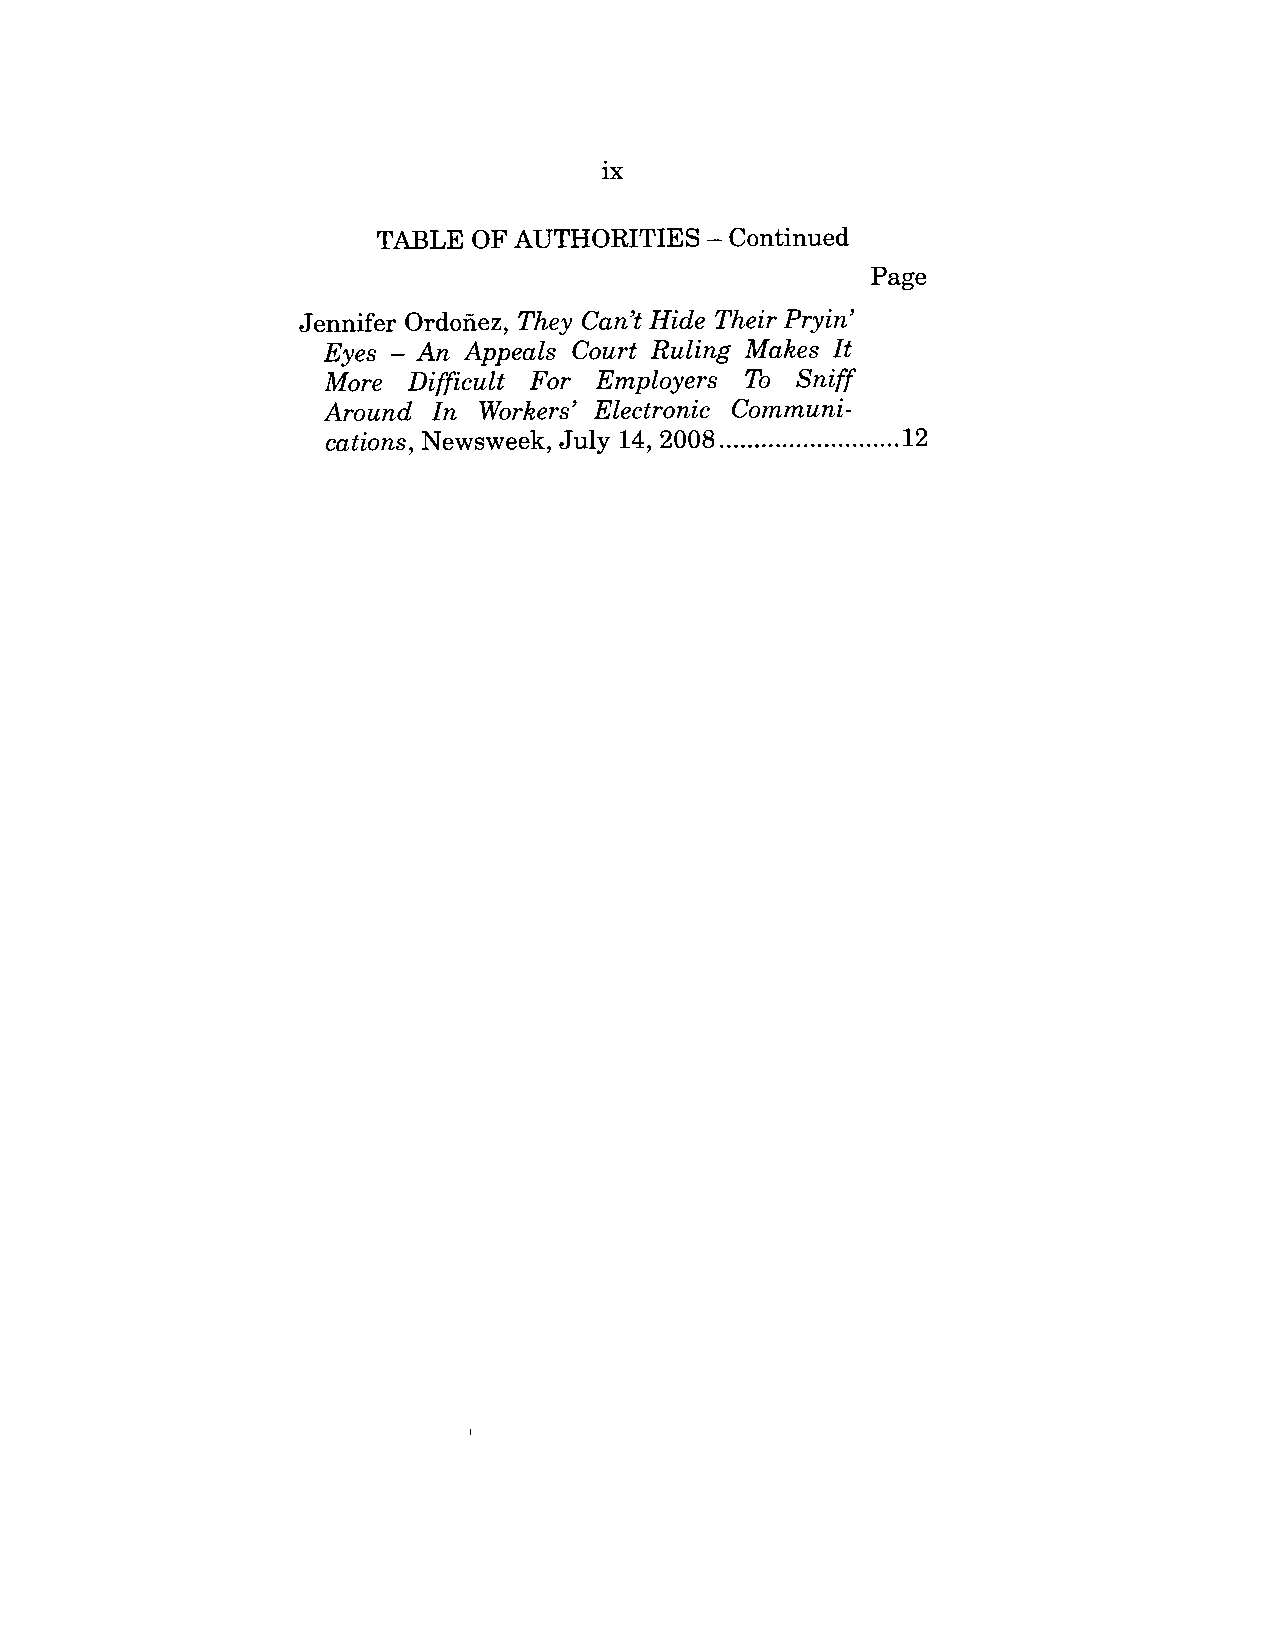
ix
 TABLE  OF AUTHORITIES   - Continued
 Page
 Jennifer Ordofiez, They Can’t Hide Their Pryin’
 Eyes -An Appeals Court Ruling Makes It
 More  Difficult For Employers To Sniff
 Around In Workers" Electronic Communi-
 cations, Newsweek, July 14, 2008 .......................1...2